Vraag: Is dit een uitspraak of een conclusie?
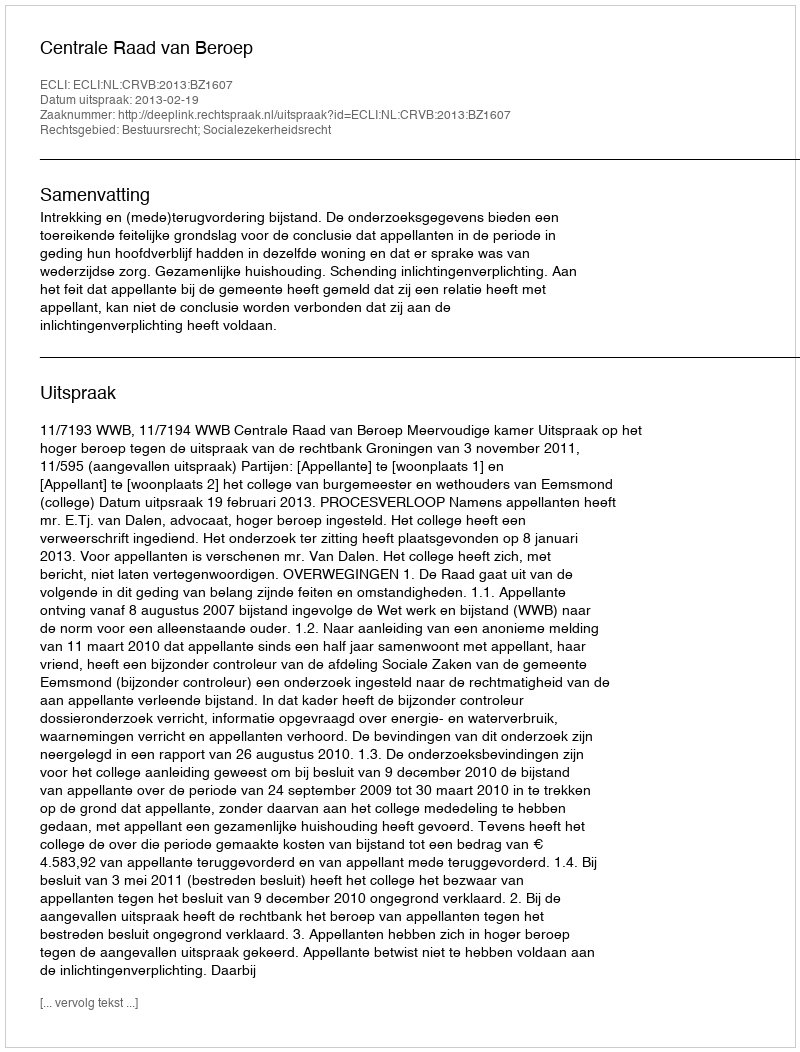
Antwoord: Uitspraak